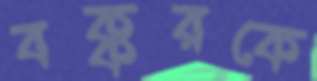
বক্করকে